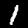
Digit: 1